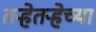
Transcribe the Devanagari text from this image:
तऱ्हेतऱ्हेच्या